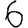
Digit: 6